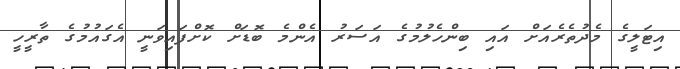
އިޓަލީގެ މެދުތެރެއަށް އައި ބިންހެލުމުގެ އަސަރު އެންމެ ބޮޑަށް ކޮށްފައިވަނީ އެގައުމުގެ ތާރީހީ